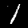
Digit: 1